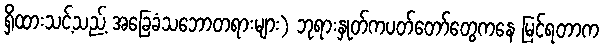
ရှိထားသင့်သည့် အခြေခံသဘောတရားများ) ဘုရားနှုတ်ကပတ်တော်တွေကနေ မြင်ရတာက